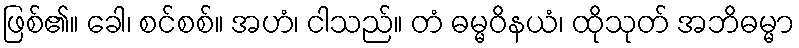
ဖြစ်၏။ ခေါ၊ စင်စစ်။ အဟံ၊ ငါသည်။ တံ ဓမ္မဝိနယံ၊ ထိုသုတ် အဘိဓမ္မာ